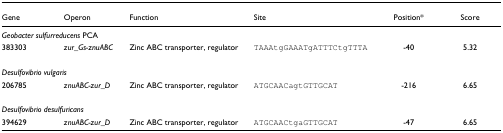
<table><thead><tr><td><b>Gene</b></td><td><b>Operon</b></td><td><b>Function</b></td><td><b>Site</b></td><td><b>Position*</b></td><td><b>Score</b></td></tr></thead><tbody><tr><td colspan="6"><i>Geobacter sulfurreducens </i>PCA</td></tr><tr><td>383303</td><td><i>zur_Gs-znuABC</i></td><td>Zinc ABC transporter, regulator</td><td>TAAAtgGAAATgATTTCtgTTTA</td><td>-40</td><td>5.32</td></tr><tr><td colspan="6"><i>Desulfovibrio vulgaris</i></td></tr><tr><td>206785</td><td><i>znuABC-zur_D</i></td><td>Zinc ABC transporter, regulator</td><td>ATGCAACagtGTTGCAT</td><td>-216</td><td>6.65</td></tr><tr><td colspan="6"><i>Desulfovibrio desulfuricans</i></td></tr><tr><td>394629</td><td><i>znuABC-zur_D</i></td><td>Zinc ABC transporter, regulator</td><td>ATGCAACtgaGTTGCAT</td><td>-47</td><td>6.65</td></tr></tbody></table>